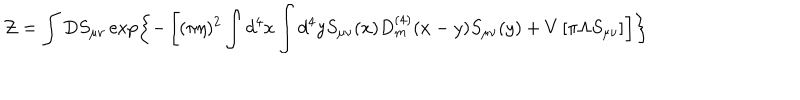
{ \cal Z } = \int D S _ { \mu \nu } \exp \left\{ - \left[ ( \pi \eta ) ^ { 2 } \int d ^ { 4 } x \int d ^ { 4 } y S _ { \mu \nu } ( x ) D _ { m } ^ { ( 4 ) } ( x - y ) S _ { \mu \nu } ( y ) + V \left[ \pi \Lambda S _ { \mu \nu } \right] \right] \right\}